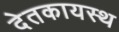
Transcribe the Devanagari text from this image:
देतकायस्थ